Sketch of the medical history of the native army of Bombay, for the year
Year: 1875
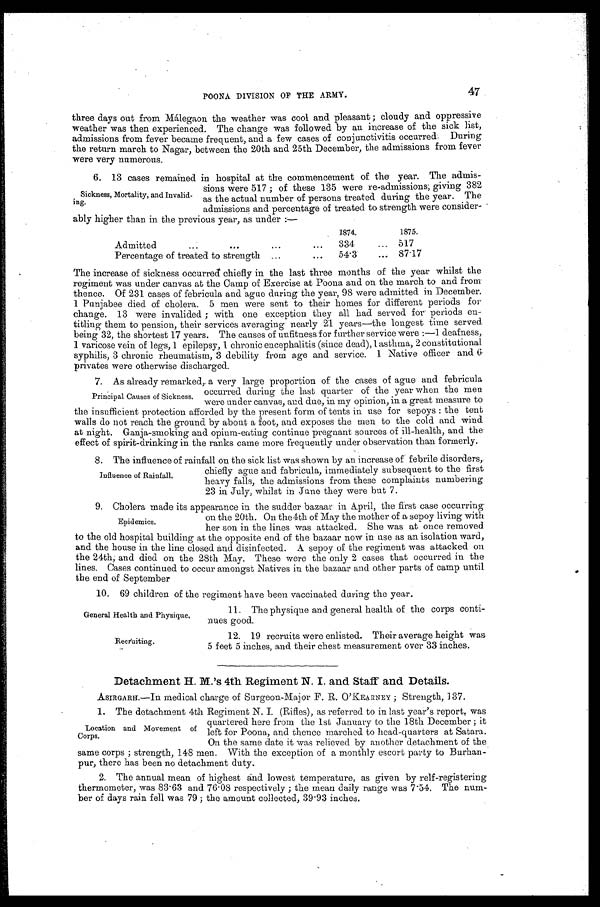
General Health and Physique,
Recruiting.
POONA DIVISION OF THE ARMY. 47
three days out from Málegaon the weather was cool and pleasant; cloudy and oppressive
weather was then experienced. The change was followed by an increase of the sick list,
admissions from fever became frequent, and a few cases of conjunctivitis occurred. During
the return march to Nagar, between the 20th and 25th December, the admissions from fever
were very numerous.
6. 13 cases remained in hospital at the commencement of the year. The admis--
sions were 517; of these 135 were re-admissions; giving 382
as the actual number of persons treated during the year. The
admissions and percentage of treated to strength were consider--
ably higher than in the previous year, as under:—
1874.
1875.
Admitted
334
517
Percentage of treated to strength
54.3
87.17
The increase of sickness occurred chiefly in the last three months of the year whilst the
regiment was under canvas at the Camp of Exercise at Poona and on the march to and from
thence. Of 231 cases of febricula and ague during the year, 98 were admitted in December.
1 Punjabee died of cholera. 5 men were sent to their homes for different periods for
change. 13 were invalided; with one exception they all had served for periods en-
-titling them to pension, their services averaging nearly 21 years—the longest time served
being 32, the shortest 17 years. The causes of unfitness for further service were:—1
d e a f n e s s , 1 v a r i c o s e v e i n o f l e g s , 1 e p i l e p s y , 1 c h r o n i c e n c e p h a l i t i s ( s i n c e d e a d ) , 1 a s t h m a , 2 c o n s t i t u t i o n a l
syphilis, 3 chronic rheumatism, 3 debility from age and service. 1 Native officer and 6
privates were otherwise discharged.
7. As already remarked, a very large proportion of the cases of ague and febricula
occurred during the last quarter of the year when the men
were under canvas, and due, in my opinion, in a great measure to
the insufficient protection afforded by the present form of tents in use for sepoys: the tent
walls do not reach the ground by about a foot, and exposes the men to the cold and wind
at night. Ganja-smoking and opium-eating continue pregnant sources of ill-health, and the
effect of spirit-drinking in the ranks came more frequently under observation than formerly.
8. The influence of rainfall on the sick list was shown by an increase of febrile disorders,
chiefly ague and fabricula, immediately subsequent to the first
heavy falls, the admissions from these complaints numbering
23 in July, whilst in June they were but 7.
9. Cholera made its appearance in the sadder bazaar in April, the first case occurring
on the 20th. On the 4th of May the mother of a sepoy living with
her son in the lines was attacked. She was at once removed
to the old hospital building at the opposite end of the bazaar now in use as an isolation ward,
and the house in the line closed and disinfected. A sepoy of the regiment was attacked on
the 24th; and died on the 28th May. These were the only 2 cases that occurred in the
lines. Cases continued to occur amongst Natives in the bazaar and other parts of camp until
the end of September
10. 69 children of the regiment have been vaccinated during the year.
11. The physique and general health of the corps conti--
nues good.
12. 19 recruits were enlisted. Their average height was
5 feet 5 inches, and their chest measurement over 33 inches.
Detachment H. M.'s 4th Regiment N. I. and Staff and Details.
ASIRGARH.—In medical charge of Surgeon-Major F. R. O'KEARNEY; Strength, 137.
1. The detachment 4th Regiment N. I. (Rifles), as referred to in last year's report, was
quartered here from the 1st January to the 18th December; it
left for Poona, and thence marched to head-quarters at Satara.
On the same date it was relieved by another detachment of the
same corps; strength, 148 men. With the exception of a monthly escort party to Burhan--
pur, there has been no detachment duty.
2. The annual mean of highest and lowest temperature, as given by relf-registering
thermometer, was 83.63 and 76.08 respectively; the mean daily range was 7.54. The num-
- b e r o f d a y s r a i n f e l l w a s 7 9 ; t h e a m o u n t c o l l e c t e d , 3 9 . 9 3 i n c h e s .
Sickness, Mortality, and Invalid--
ing.
Principal Causes of Sickness.
Influence of Rainfall,
Epidemics.
Location and Movement of
Corps.